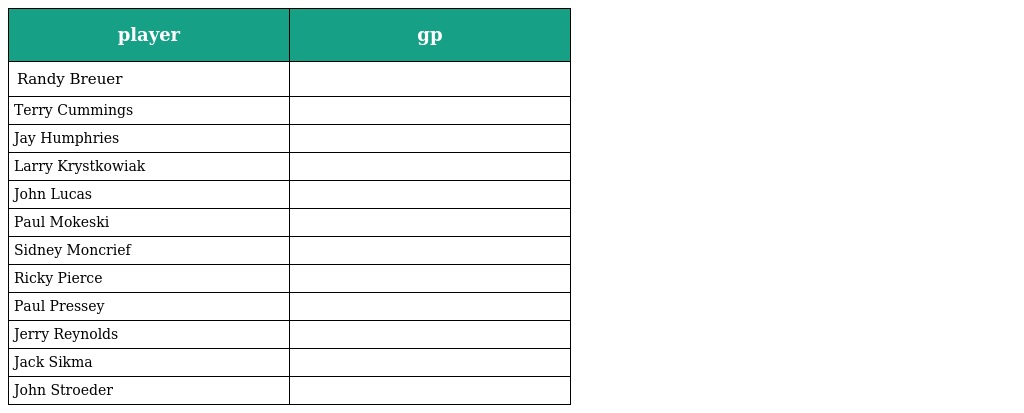
| player | gp |
 | --- | --- |
 | Randy Breuer |  |
 | Terry Cummings |  |
 | Jay Humphries |  |
 | Larry Krystkowiak |  |
 | John Lucas |  |
 | Paul Mokeski |  |
 | Sidney Moncrief |  |
 | Ricky Pierce |  |
 | Paul Pressey |  |
 | Jerry Reynolds |  |
 | Jack Sikma |  |
 | John Stroeder |  |